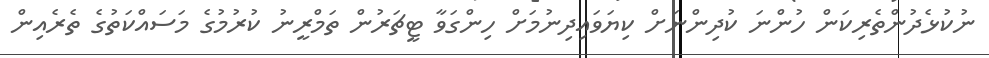
ނުކުޅެދުންތެރިކަން ހުންނަ ކުދިންނަށް ކިޔަވައިދިނުމަށް ހިންގަވާ ޓީޗަރުން ތަމްރީނު ކުރުމުގެ މަސައްކަތުގެ ތެރެއިން